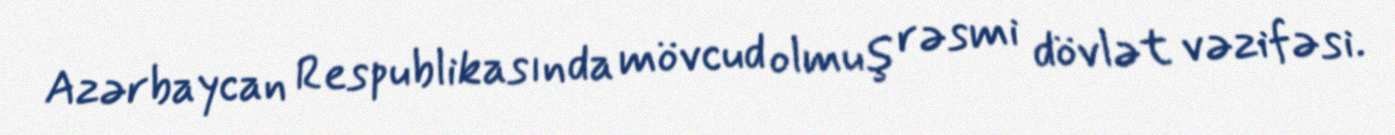
Azərbaycan Respublikasında mövcud olmuş rəsmi dövlət vəzifəsi.